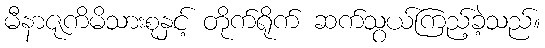
မီနာဇုကိမိသားစုနှင့် တိုက်ရိုက် ဆက်သွယ်ကြည့်ခဲ့သည်။